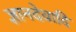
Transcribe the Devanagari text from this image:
ज्ञानदेवादि